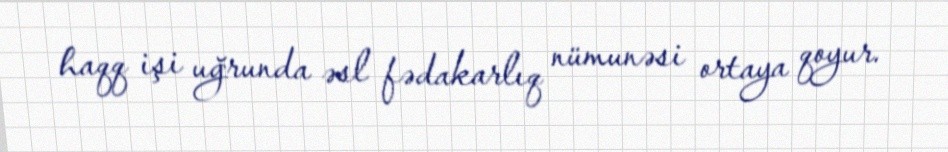
haqq işi uğrunda əsl fədakarlıq nümunəsi ortaya qoyur.